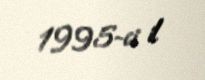
1995-ci il